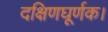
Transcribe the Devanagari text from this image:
दक्षिणघूर्णक।